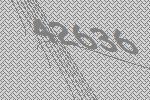
42636